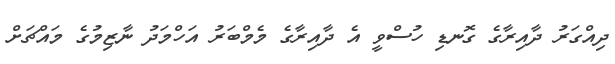
ދިއްގަރު ދާއިރާގެ ގޮނޑި ހުސްވީ އެ ދާއިރާގެ މެމްބަރު އަހްމަދު ނާޒިމުގެ މައްޗަށް